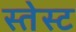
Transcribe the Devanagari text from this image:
स्तेस्ट